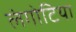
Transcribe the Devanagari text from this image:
लंगोटिया